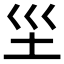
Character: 𱖉